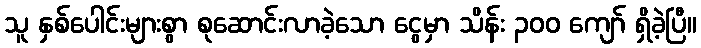
သူ နှစ်ပေါင်းများစွာ စုဆောင်းလာခဲ့သော ငွေမှာ သိန်း ၃၀၀ ကျော် ရှိခဲ့ပြီ။